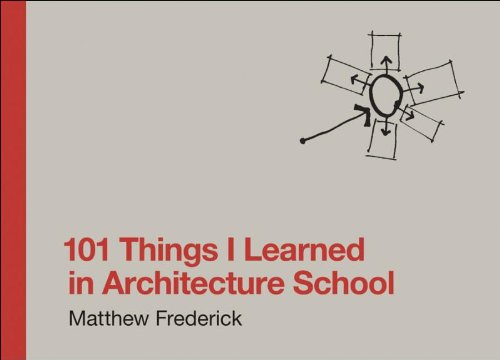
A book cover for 101 Things I Learned in Architecture School; Matthew Frederick; Engineering & Transportation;